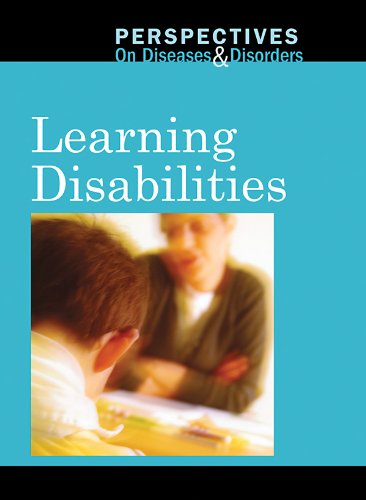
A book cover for Learning Disabilities (Perspectives on Diseases and Disorders); Clay Farris Naff; Teen & Young Adult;